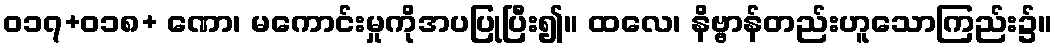
ဝ၁၇+၀၁၈+ ဏော၊ မကောင်းမှုကိုအပပြုပြီး၍။ ထလေ၊ နိဗ္ဗာန်တည်းဟူသောကြည်း၌။